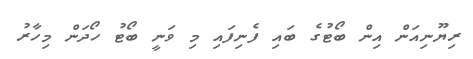
ރިޔޫނިއަން އިން ބޯޓުގެ ބައި ފެނިފައި މި ވަނީ ބޯޓު ހޯދަން މިހާރު